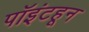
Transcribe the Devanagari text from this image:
पॉइंटहून